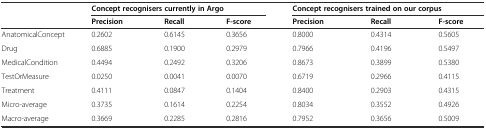
<table><thead><tr><td></td><td colspan="3"><b>Concept recognisers currently in Argo</b></td><td colspan="3"><b>Concept recognisers trained on our corpus</b></td></tr><tr><td></td><td><b>Precision</b></td><td><b>Recall</b></td><td><b>F-score</b></td><td><b>Precision</b></td><td><b>Recall</b></td><td><b>F-score</b></td></tr></thead><tbody><tr><td>AnatomicalConcept</td><td>0.2602</td><td>0.6145</td><td>0.3656</td><td>0.8000</td><td>0.4314</td><td>0.5605</td></tr><tr><td>Drug</td><td>0.6885</td><td>0.1900</td><td>0.2979</td><td>0.7966</td><td>0.4196</td><td>0.5497</td></tr><tr><td>MedicalCondition</td><td>0.4494</td><td>0.2492</td><td>0.3206</td><td>0.8673</td><td>0.3899</td><td>0.5380</td></tr><tr><td>TestOrMeasure</td><td>0.0250</td><td>0.0041</td><td>0.0070</td><td>0.6719</td><td>0.2966</td><td>0.4115</td></tr><tr><td>Treatment</td><td>0.4111</td><td>0.0847</td><td>0.1404</td><td>0.8400</td><td>0.2903</td><td>0.4315</td></tr><tr><td>Micro-average</td><td>0.3735</td><td>0.1614</td><td>0.2254</td><td>0.8034</td><td>0.3552</td><td>0.4926</td></tr><tr><td>Macro-average</td><td>0.3669</td><td>0.2285</td><td>0.2816</td><td>0.7952</td><td>0.3656</td><td>0.5009</td></tr></tbody></table>